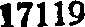
17119